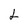
Character: L